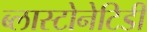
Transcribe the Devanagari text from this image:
ब्लास्टोनेटिडी